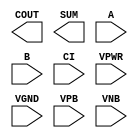
module sky130_fd_sc_lp__fah (
    COUT,
    SUM ,
    A   ,
    B   ,
    CI  ,
    VPWR,
    VGND,
    VPB ,
    VNB
);

    output COUT;
    output SUM ;
    input  A   ;
    input  B   ;
    input  CI  ;
    input  VPWR;
    input  VGND;
    input  VPB ;
    input  VNB ;
endmodule